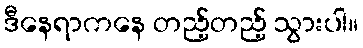
ဒီနေရာကနေ တည့်တည့် သွားပါ။